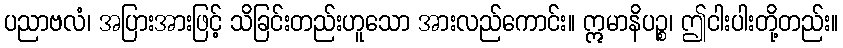
ပညာဗလံ၊ အပြားအားဖြင့် သိခြင်းတည်းဟူသော အားလည်ကောင်း။ ဣမာနိပဉ္စ၊ ဤငါးပါးတို့တည်း။